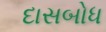
દાસબોધ